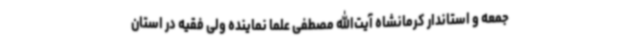
جمعه و استاندار کرمانشاه آیت‌الله مصطفی علما نماینده ولی فقیه در استان